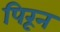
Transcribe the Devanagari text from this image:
पिरून